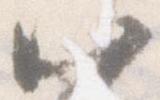
八